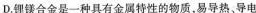
D.理镁合金是一种具有金属特性的物质，易导热、导电